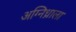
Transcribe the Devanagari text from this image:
अग्निध्राला